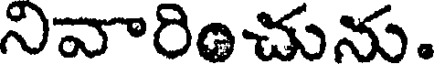
నివారించును.